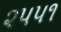
૨૫૫૧